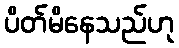
ပိတ်မိနေသည်ဟု